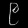
Digit: ၉